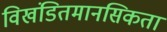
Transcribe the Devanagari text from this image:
विखंडितमानसिकता